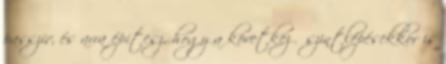
passzív, és arra építesz, hogy a következő szintlépésekkor is